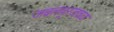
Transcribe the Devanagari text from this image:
जबलपूरजवळ